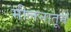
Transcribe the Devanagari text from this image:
मीलनातून